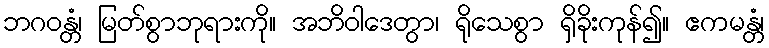
ဘဂဝန္တံ၊ မြတ်စွာဘုရားကို။ အဘိဝါဒေတွာ၊ ရိုသေစွာ ရှိခိုးကုန်၍။ ဧကမန္တံ၊